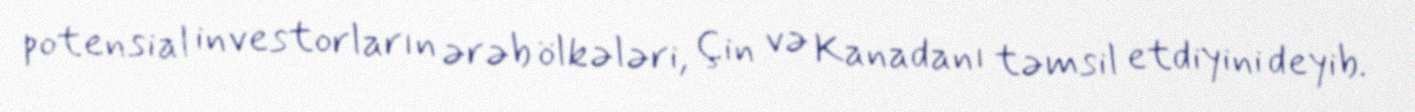
potensial investorların ərəb ölkələri, Çin və Kanadanı təmsil etdiyini deyib.